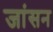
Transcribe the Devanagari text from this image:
जांसन